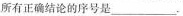
所有正确结论的序号是___.